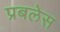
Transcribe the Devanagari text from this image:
प्रबलेस